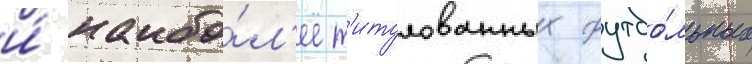
и́ наибо́л'ее т'итулованных футбо́льных